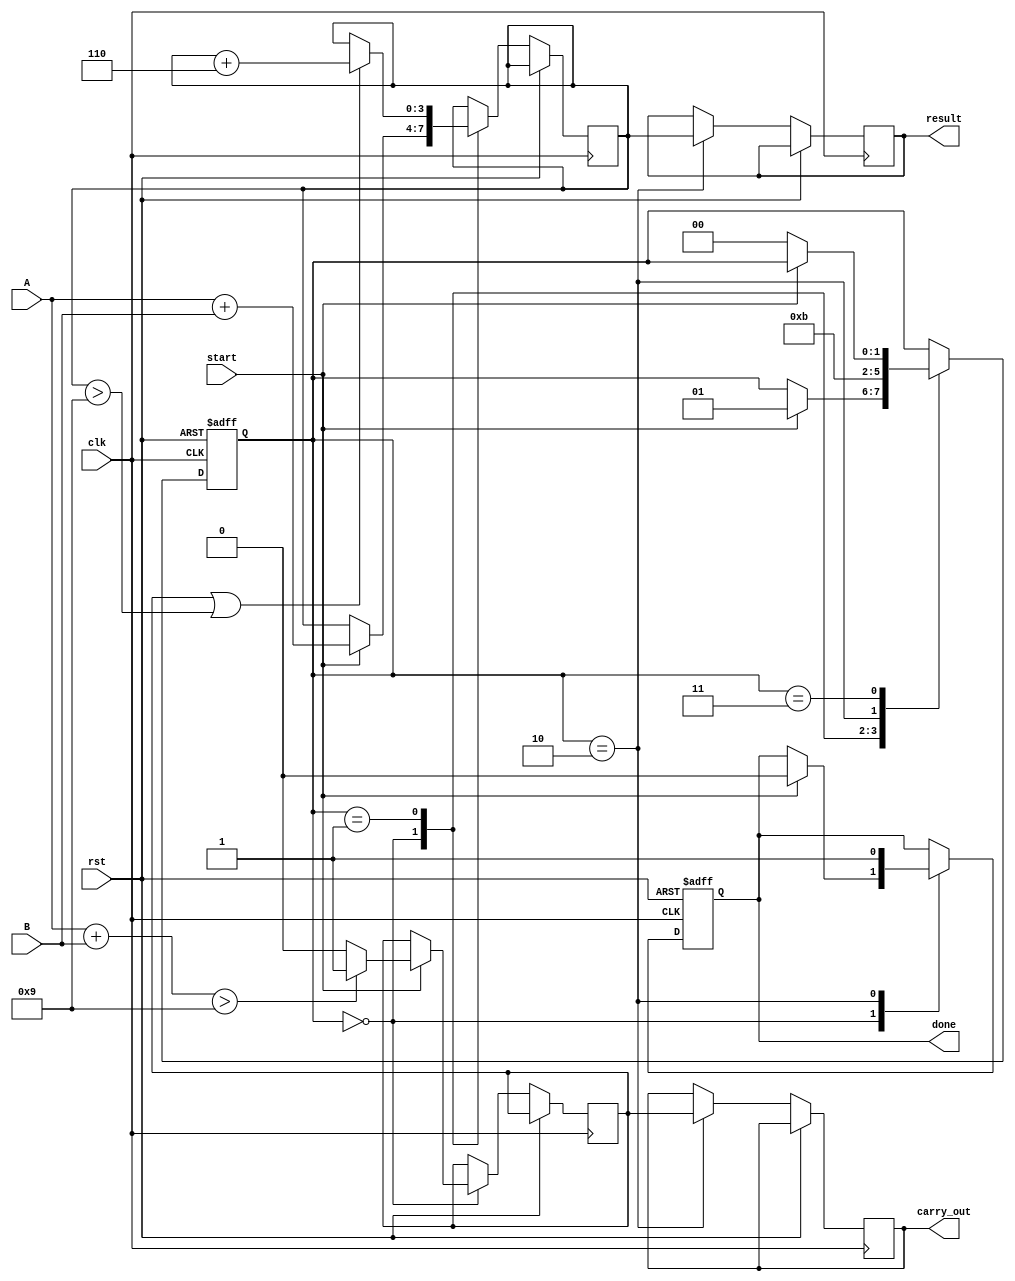
module BCD_Pipelined_Adder (
    input wire clk,
    input wire rst,
    input wire start,
    input wire [3:0] A,
    input wire [3:0] B,
    output reg [3:0] result,
    output reg carry_out,
    output reg done
);

    // State encoding
    parameter IDLE = 2'b00, STAGE1 = 2'b01, STAGE2 = 2'b10, OUTPUT = 2'b11;
    reg [1:0] state;
    reg [3:0] sum_stage1;
    reg carry_stage1;

    // Adding constant for BCD correction
    localparam BCD_CORRECTION = 4'h6;

    // Pipeline register for stage 1
    always @(posedge clk or posedge rst) begin
        if (rst) begin
            state <= IDLE;
            done <= 0;
        end else begin
            case (state)
                IDLE: begin
                    if (start) begin
                        // Capture inputs and perform addition
                        sum_stage1 <= A + B;
                        carry_stage1 <= (A + B) > 9 ? 1'b1 : 1'b0;
                        state <= STAGE1;
                        done <= 0;
                    end
                end
                STAGE1: begin
                    // Stage 2: BCD Correction
                    if (carry_stage1 || sum_stage1 > 9) begin
                        sum_stage1 <= sum_stage1 + BCD_CORRECTION;
                    end
                    // Pass corrected value to the next stage
                    state <= STAGE2;
                end
                STAGE2: begin
                    // Stage 3: Output generation
                    result <= sum_stage1;
                    carry_out <= carry_stage1;
                    done <= 1; // Indicate operation is done
                    state <= OUTPUT;
                end
                OUTPUT: begin
                    // Return to IDLE after output
                    if (!start) begin
                        state <= IDLE;
                    end
                end
            endcase
        end
    end

endmodule